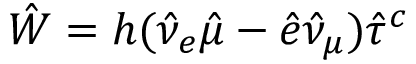
\hat { W } = h ( \hat { \nu } _ { e } \hat { \mu } - \hat { e } \hat { \nu } _ { \mu } ) \hat { \tau } ^ { c }